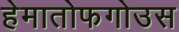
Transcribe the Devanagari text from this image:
हेमातोफगोउस